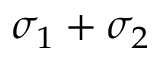
\sigma _ { 1 } + \sigma _ { 2 }